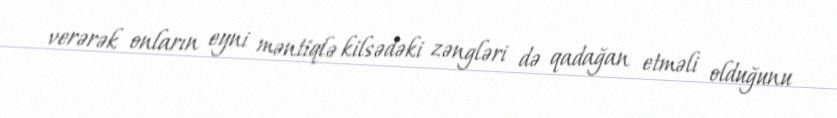
verərək onların eyni məntiqlə kilsədəki zəngləri də qadağan etməli olduğunu